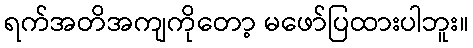
ရက်အတိအကျကိုတော့ မဖော်ပြထားပါဘူး။